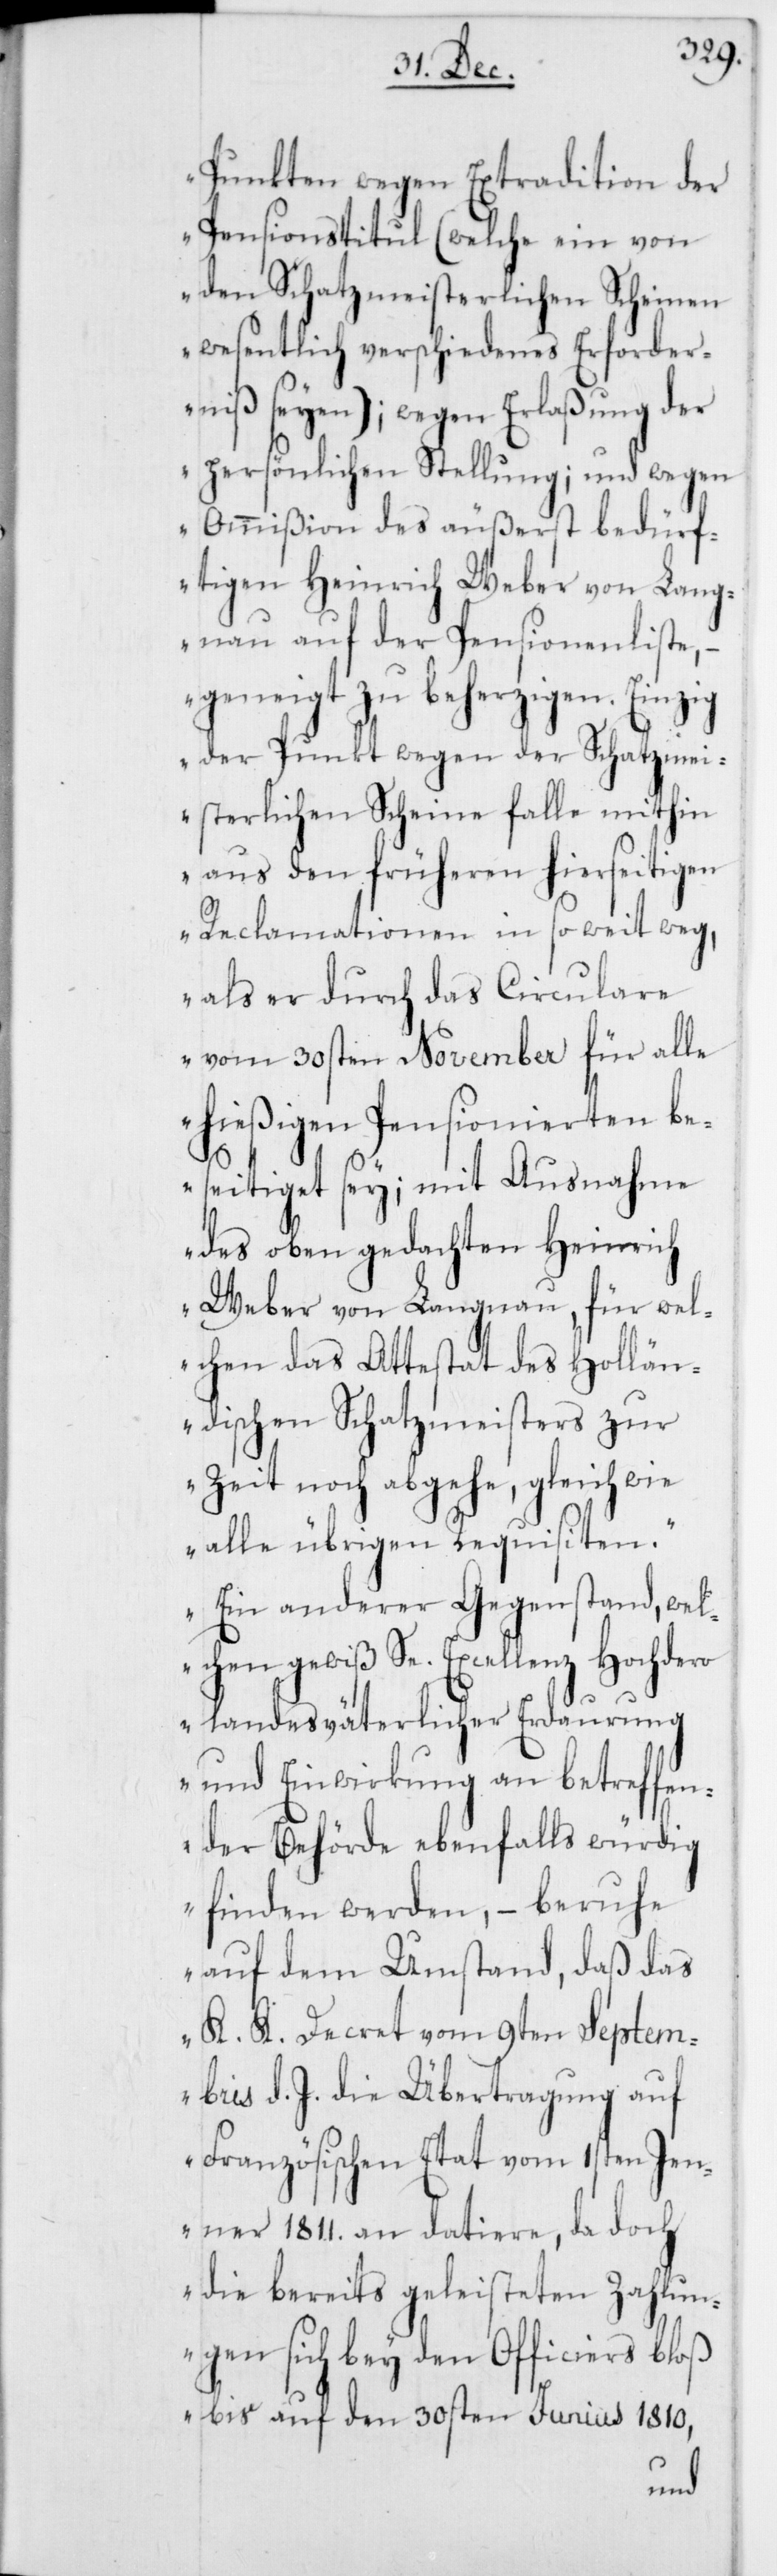
Punkten wegen Extradition der
Pensionstitul (welche ein von
den Schatzmeisterlichen Scheinen
wesentlich verschiedenes Erforder¬
niß seyen); wegen Erlaßung der
persönlichen Stellung; und wegen
Ommißion des äußerst bedürf¬
tigen Heinrich Weber von Lang¬
nau auf der Pensionenliste, –
geneigt zu beherzigen. Einzig
der Punkt wegen der Schatzmei¬
sterlichen Scheine falle mithin
aus den früheren hierseitigen
Reclamationen in so weit weg,
als er durch das Circulare
vom 30sten November für alle
hießigen Pensionierten be¬
seitiget sey; mit Ausnahme
des oben gedachten Heinrich
Weber von Langnau, für wel¬
chen das Attestat des Hollän¬
dischen Schatzmeisters zur
Zeit noch abgehe, gleich wie
alle übrigen Requisiten.
Ein anderer Gegenstand, wel¬
chen gewiß Se. Excellenz Hochdero
landesväterlicher Erdaurung
und Einwirkung an betreffen¬
der Behörde ebenfalls würdig
finden werden, – beruhe
auf dem Umstand, daß das
K. K. Decret vom 9ten Septem¬
bris d. J. die Übertragung auf
Französischen Etat vom 1sten Jen¬
ner 1811. an datiere, da doch
die bereits geleisteten Zahlun¬
gen sich bey den Officiers bloß
bis auf den 30sten Junius 1810,